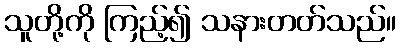
သူတို့ကို ကြည့်၍ သနားတတ်သည်။